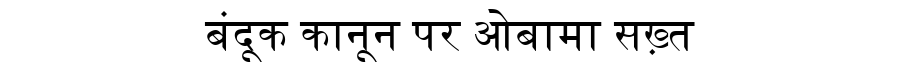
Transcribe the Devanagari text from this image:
बंदूक कानून पर ओबामा सख़्त